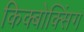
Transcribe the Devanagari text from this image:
किक्बोक्सिंग